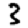
Digit: 3